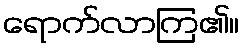
ရောက်လာကြ၏။